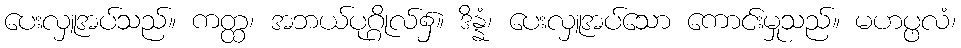
ပေးလှူအပ်သည်။ ကတ္ထ၊ အဘယ်ပုဂ္ဂိုလ်၌။ ဒိန္နံ၊ ပေးလှူအပ်သော ကောင်းမှုသည်။ မဟပ္ဖလံ၊